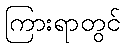
ကြားရာတွင်